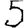
Digit: 5